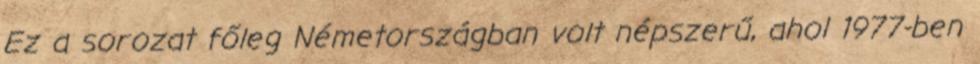
Ez a sorozat főleg Németországban volt népszerű, ahol 1977-ben